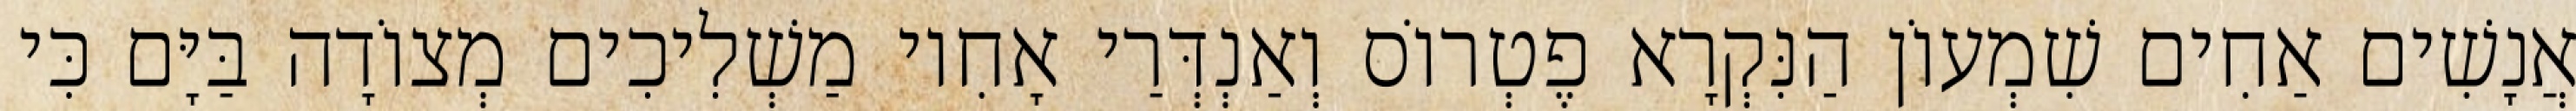
אֲנָשִׁים אַחִים שִׁמְעוֹן הַנִּקְרָא פֶטְרוֹס וְאַנְדְּרַי אָחִיו מַשְׁלִיכִים מְצוֹדָה בַּיָּם כִּי